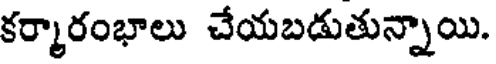
కర్మారంభాలు చేయబడుతున్నాయి.